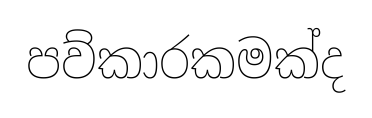
පව්කාරකමක්ද